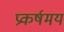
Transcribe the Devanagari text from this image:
प्रकर्षमय